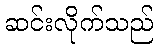
ဆင်းလိုက်သည်